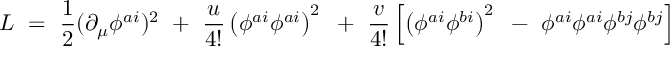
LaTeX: L ~ = ~ \frac { 1 } { 2 } ( \partial _ { \mu } \phi ^ { a i } ) ^ { 2 } ~ + ~ \frac { u } { 4 ! } \left( \phi ^ { a i } \phi ^ { a i } \right) ^ { 2 } ~ + ~ \frac { v } { 4 ! } \left[ \left( \phi ^ { a i } \phi ^ { b i } \right) ^ { 2 } ~ - ~ \phi ^ { a i } \phi ^ { a i } \phi ^ { b j } \phi ^ { b j } \right]